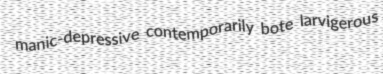
manic-depressive contemporarily bote larvigerous